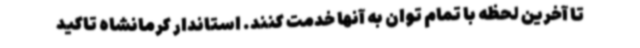
تا آخرین لحظه با تمام توان به آنها خدمت کنند. استاندار کرمانشاه تاکید